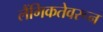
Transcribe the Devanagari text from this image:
लैंगिकतेवरून